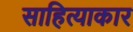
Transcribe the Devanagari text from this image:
साहित्याकार